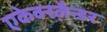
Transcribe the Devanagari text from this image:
एकेक्स्ज़ैन्डर